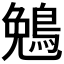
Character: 𬷖